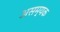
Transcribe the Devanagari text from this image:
असम्यक